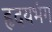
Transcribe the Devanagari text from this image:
हृदयभंग